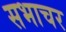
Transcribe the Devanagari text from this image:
सभाचर